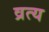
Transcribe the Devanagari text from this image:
व्रत्य